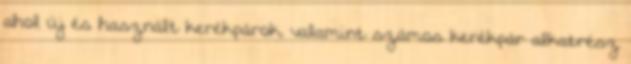
ahol új és használt kerékpárok, valamint számos kerékpár alkatrész